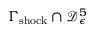
\Gamma _ { \mathrm { s h o c k } } \cap \mathcal { D } _ { \epsilon } ^ { 5 }